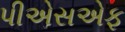
પીએસએફ